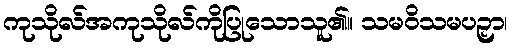
ကုသိုလ်အကုသိုလ်ကိုပြုသောသူ၏။ သမဝိသမပဉှာ၊